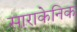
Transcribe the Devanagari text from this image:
साराकेनिक